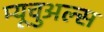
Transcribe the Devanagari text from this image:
म्यूचुअल्स